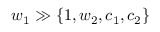
w _ { 1 } \gg \{ 1 , w _ { 2 } , c _ { 1 } , c _ { 2 } \}